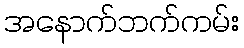
အနောက်ဘက်ကမ်း